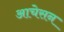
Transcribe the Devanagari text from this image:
आचेसन